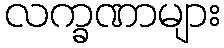
လက္ခဏာများ